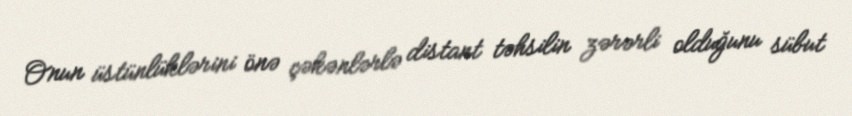
Onun üstünlüklərini önə çəkənlərlə distant təhsilin zərərli olduğunu sübut